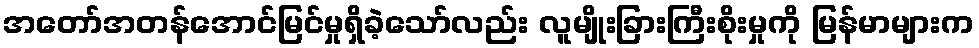
အတော်အတန်အောင်မြင်မှုရှိခဲ့သော်လည်း လူမျိုးခြားကြီးစိုးမှုကို မြန်မာများက